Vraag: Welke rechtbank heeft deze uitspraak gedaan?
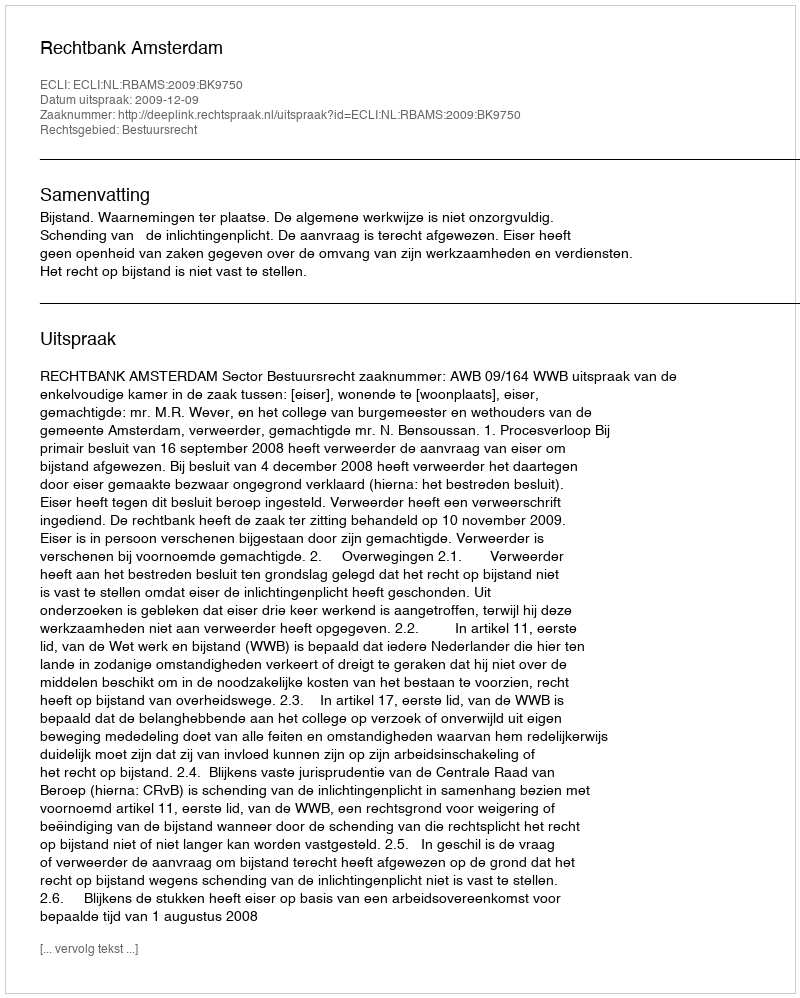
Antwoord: Rechtbank Amsterdam